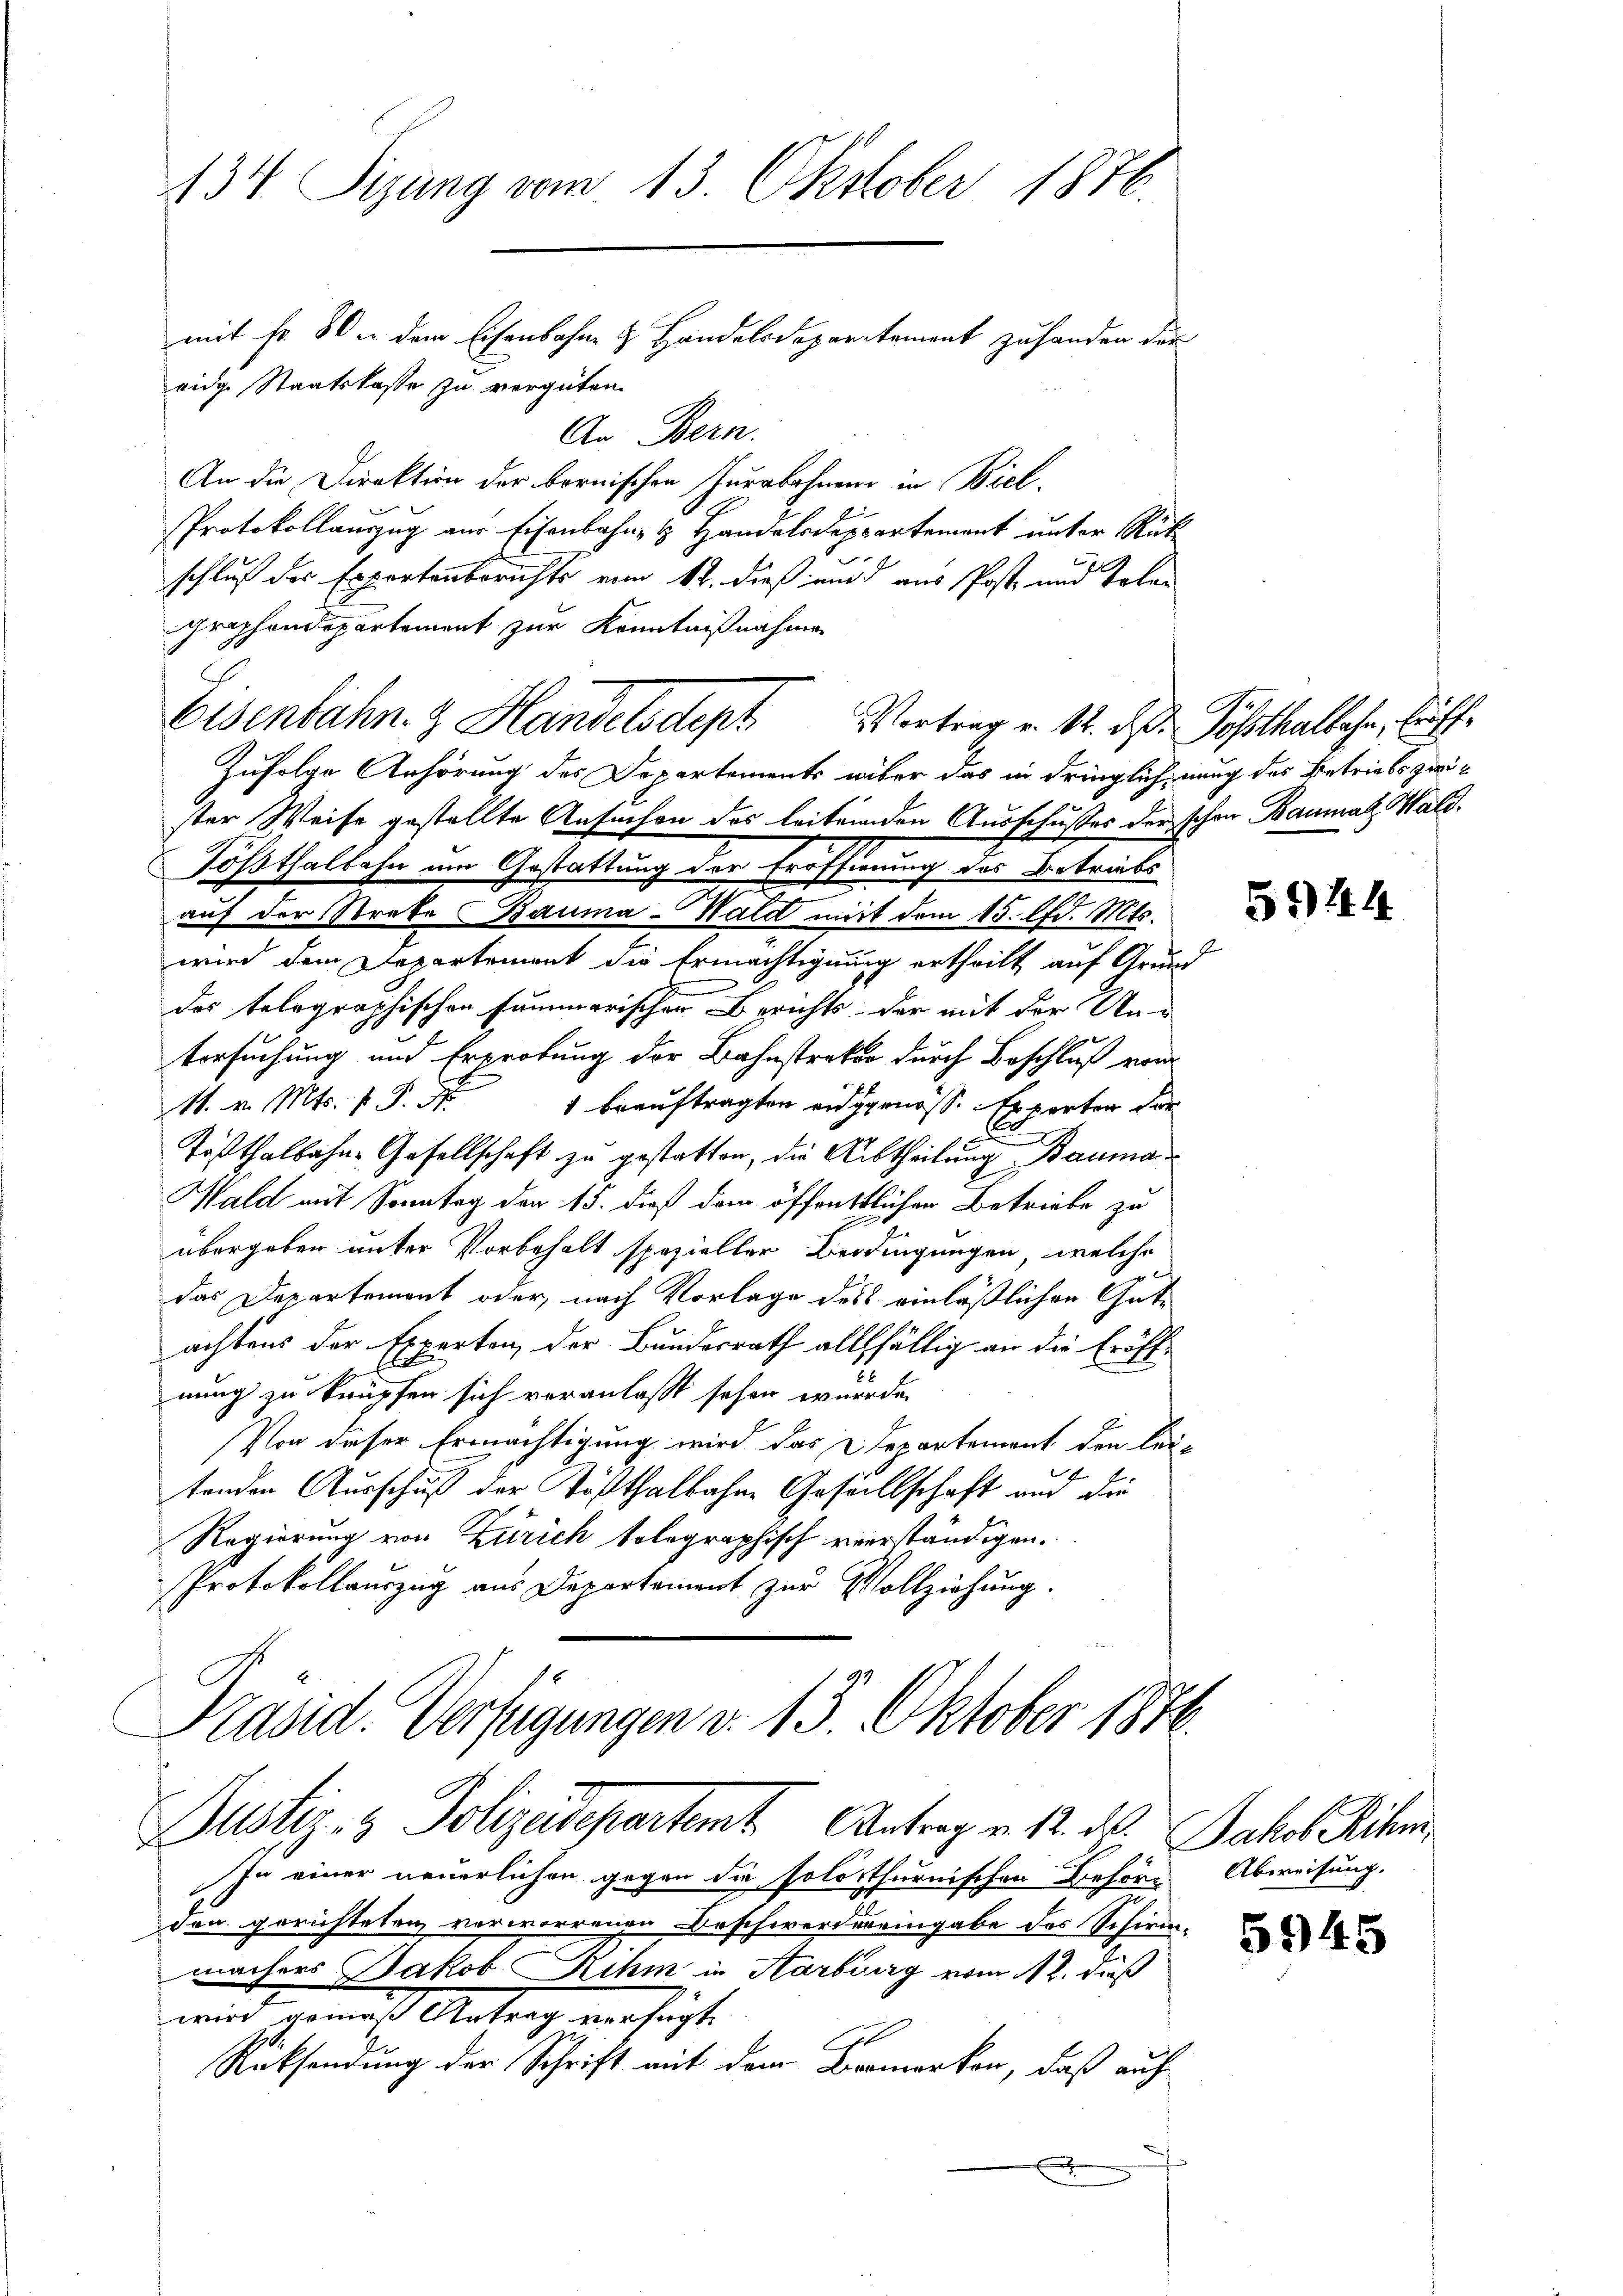
134 Sizung vom 13. Oktober 1876.
mit fr. 80 in dem Eisenbahne & Handelsdepartement zu handen der
eidg. Staatskasse zu vergüten.
An Bern.

An die Direktion der bornischen Jurabahnen in Biel,
Protokollauszug aus Eisenbahn & Handelsdeppartement unter Rück-
schluß der Expertenberichts vom 12. dieß und aus Post- und Talen
graphendepartement zur Kenntnißnahme
Zufolge Anhörung des Departements aber das in dringlich nung das Betriebs zwister Weise gestellte Ansuchen des leitenden Ausschußes der schon Baumal Hald¬
Tößthalbahn um Gestattung der Eröffnung des Betriebs
auf der Streke Bauma-Wald mit dem 15. d. Mts.
wird dem Departement die Ermächtigung ertheilt auf Grund
.
des telegraphischen summerischen Berichts der mit der Un-
tersuchung und Erprobung der Bahnstraker durch Beschluß von
. v. Mts. f.
 beauftragten eidgenöss. Experten der
Tößthalbahn-Gesellschaft zu gestatten, die Abtheilung Bauma¬
Wald mit Sonntag den 15. dieß dem öffentlichen Betriebe zu
übergeben unter Vorbehalt spezieller Bedingungen, welche
das Departement oder, nach Vorlage des einläßlichen Gatachtens der Experten, der Bundesrath allfällig an die Eröffnung zu knüpfen sich veranlaßt sehen wurde.
Von dieser Ermächtigung wird das Departement den leitenden Ausschuß der Tößthalbahne Gesellschaft und die
Regierung von Zürich tolegraphisch verständigen.
Protokollauszug aus Departement zur Vollziehung.

Präsid. Verfügungen v. 15. Oktober 1876.
Justiz- & Polizeidepartent Antrag v. 12. d. Jakob Schr

In einer neuerlichen gegen die solothurnischen Behöres Abweisung.
den gerichteten vorworrenen Beschwerdereingabe des Schirmmachers Jakob Rihm in Karburg vom 12. dieß
wird gemäß Antrag verfügt:
B
Rücksendung der Schrift mit dem Bemerken, daß auch
F

Eisenbahn & Handelsdept Vortrag u. 12. das Posthalbahn, Eröff¬

5944

5945